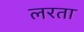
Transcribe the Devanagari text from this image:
लरता